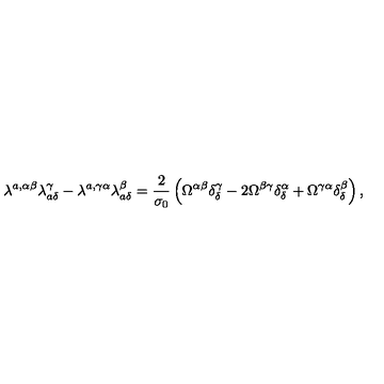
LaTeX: \lambda ^ { a , \alpha \beta } \lambda _ { a \delta } ^ { \gamma } - \lambda ^ { a , \gamma \alpha } \lambda _ { a \delta } ^ { \beta } = \frac { 2 } { \sigma _ { 0 } } \left( \Omega ^ { \alpha \beta } \delta _ { \delta } ^ { \gamma } - 2 \Omega ^ { \beta \gamma } \delta _ { \delta } ^ { \alpha } + \Omega ^ { \gamma \alpha } \delta _ { \delta } ^ { \beta } \right) ,